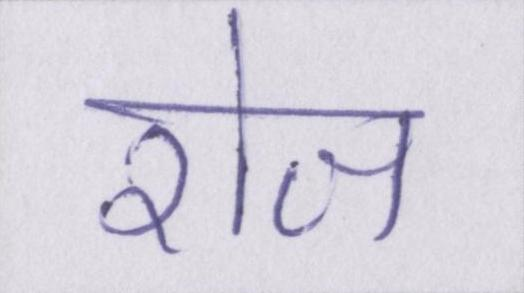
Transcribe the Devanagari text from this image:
रोज